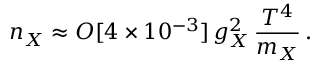
n _ { X } \approx O [ 4 \times 1 0 ^ { - 3 } ] \, g _ { X } ^ { 2 } \, \frac { T ^ { 4 } } { m _ { X } } \, .